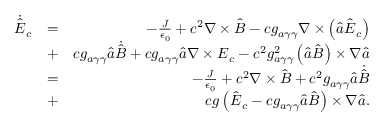
\begin{array} { r l r } { \dot { \hat { \boldsymbol E } } _ { c } } & { = } & { - \frac { \boldsymbol J } { \epsilon _ { 0 } } + c ^ { 2 } \boldsymbol \nabla \times \hat { \boldsymbol B } - c g _ { a \gamma \gamma } \boldsymbol \nabla \times \left( \hat { a } \hat { \boldsymbol E } _ { c } \right) } \\ & { + } & { c g _ { a \gamma \gamma } \hat { a } \dot { \hat { \boldsymbol B } } + c g _ { a \gamma \gamma } \hat { a } \boldsymbol \nabla \times { \boldsymbol E } _ { c } - c ^ { 2 } g _ { a \gamma \gamma } ^ { 2 } \left( \hat { a } \hat { \boldsymbol B } \right) \times \boldsymbol \nabla \hat { a } } \\ & { = } & { - \frac { \boldsymbol J } { \epsilon _ { 0 } } + c ^ { 2 } \boldsymbol \nabla \times \hat { \boldsymbol B } + c ^ { 2 } g _ { a \gamma \gamma } \hat { a } \dot { \hat { \boldsymbol B } } } \\ & { + } & { c g \left( \hat { \boldsymbol E } _ { c } - c g _ { a \gamma \gamma } \hat { a } \hat { \boldsymbol B } \right) \times \boldsymbol \nabla \hat { a } . } \end{array}